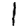
Digit: 1